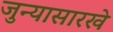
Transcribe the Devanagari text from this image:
जुन्यासारखे